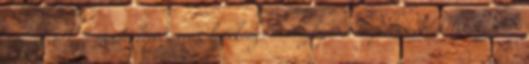
Magyarország mindenképpen erős, hatékony, versenyképes Európában érdekelt. Az iraki